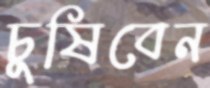
চুষিবেন